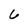
Character: 6